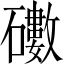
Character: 𥖻